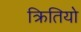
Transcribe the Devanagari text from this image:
क्रितियो